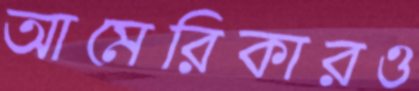
আমেরিকারও